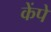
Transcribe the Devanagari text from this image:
केंपे